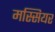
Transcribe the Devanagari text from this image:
मस्सियर